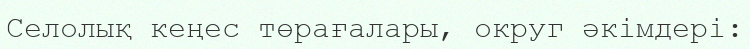
Селолық кеңес төрағалары, округ әкімдері: